Indian journal of veterinary science and animal husbandry - Volume 6,
Year: 1936
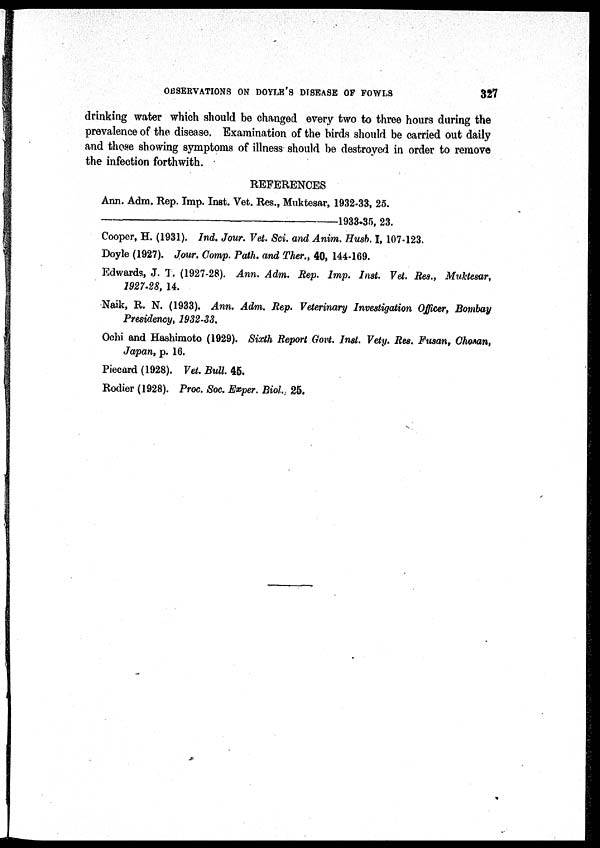
OBSERVATIONS ON DOYLE'S DISEASE OF FOWLS
327
drinking water which should be changed every two to three hours during the
prevalence of the disease. Examination of the birds should be carried out daily
and those showing symptoms of illness should be destroyed in order to remove
the infection forthwith.
REFERENCES
Ann. Adm. Rep. Imp. Inst. Vet. Res., Muktesar, 1932-33, 25.
—1933-35,
23.
Cooper, H. (1931). Ind. Jour. Vet. Sci. and Anim. Hush. I, 107-123.
Doyle (1927). Jour. Comp. Path. and Ther., 40, 144-169.
Edwards, J. T. (1927-28). Ann. Adm. Rep. Imp. Inst. Vet. Res., Muktesar,
1927-28, 14.
Naik, R. N. (1933). Ann. Adm. Rep. Veterinary Investigation Officer, Bombay
Presidency, 1932-33.
Ochi and Hashimoto (1929). Sixth Report Govt. Inst. Vety. Res. Fusan, Chosan,
Japan, p. 16.
Piecard (1928). Vet. Bull. 45.
Rodier (1928). Proc. Soc. Exper. Biol. 25.